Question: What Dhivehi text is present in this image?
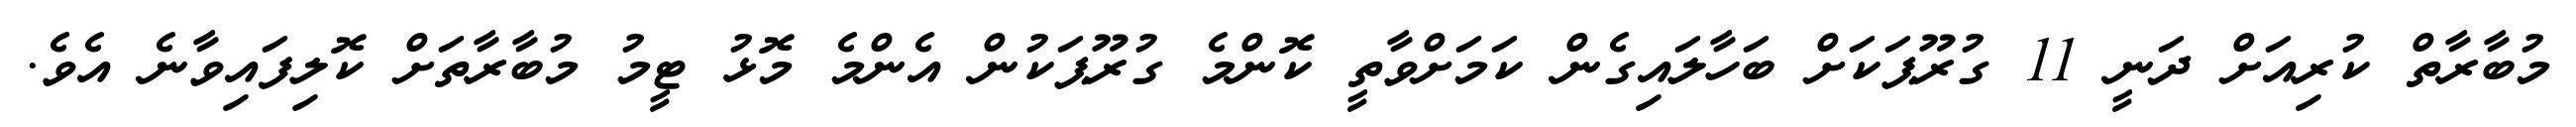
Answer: މުބާރާތް ކުރިއަށް ދަނީ 11 ގުރޫޕަކަށް ބަހާލައިގެން ކަމަށްވާތީ ކޮންމެ ގުރޫޕަކުން އެންމެ މޮޅު ޓީމު މުބާރާތަށް ކޮލިފައިވާނެ އެވެ.